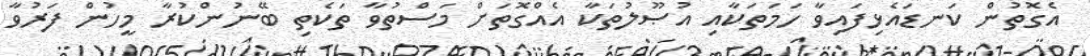
އެގޮތުން ކަނޑައެޅިފައިވާ ހަމަތަކާއި އުޞޫލުތަކާ އެއްގޮތަށް މަސްތުވާ ތަކެތި ބޭނުންކުރާ މީހުން ފަރުވާ